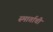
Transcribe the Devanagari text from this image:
स्मार्ताची